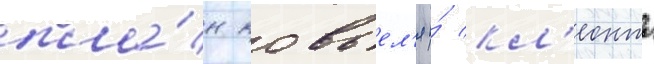
пла́н ковьел'я и́ кл'еонта